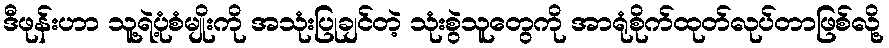
ဒီဖုန်းဟာ သူ့ရဲ့ပုံစံမျိုးကို အသုံးပြုချင်တဲ့ သုံးစွဲသူတွေကို အာရုံစိုက်ထုတ်လုပ်တာဖြစ်လို့